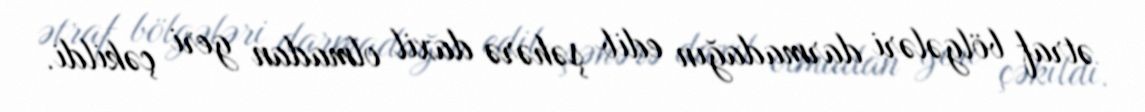
ətraf bölgələri darmadağın edib şəhərə daxil olmadan geri çəkildi.